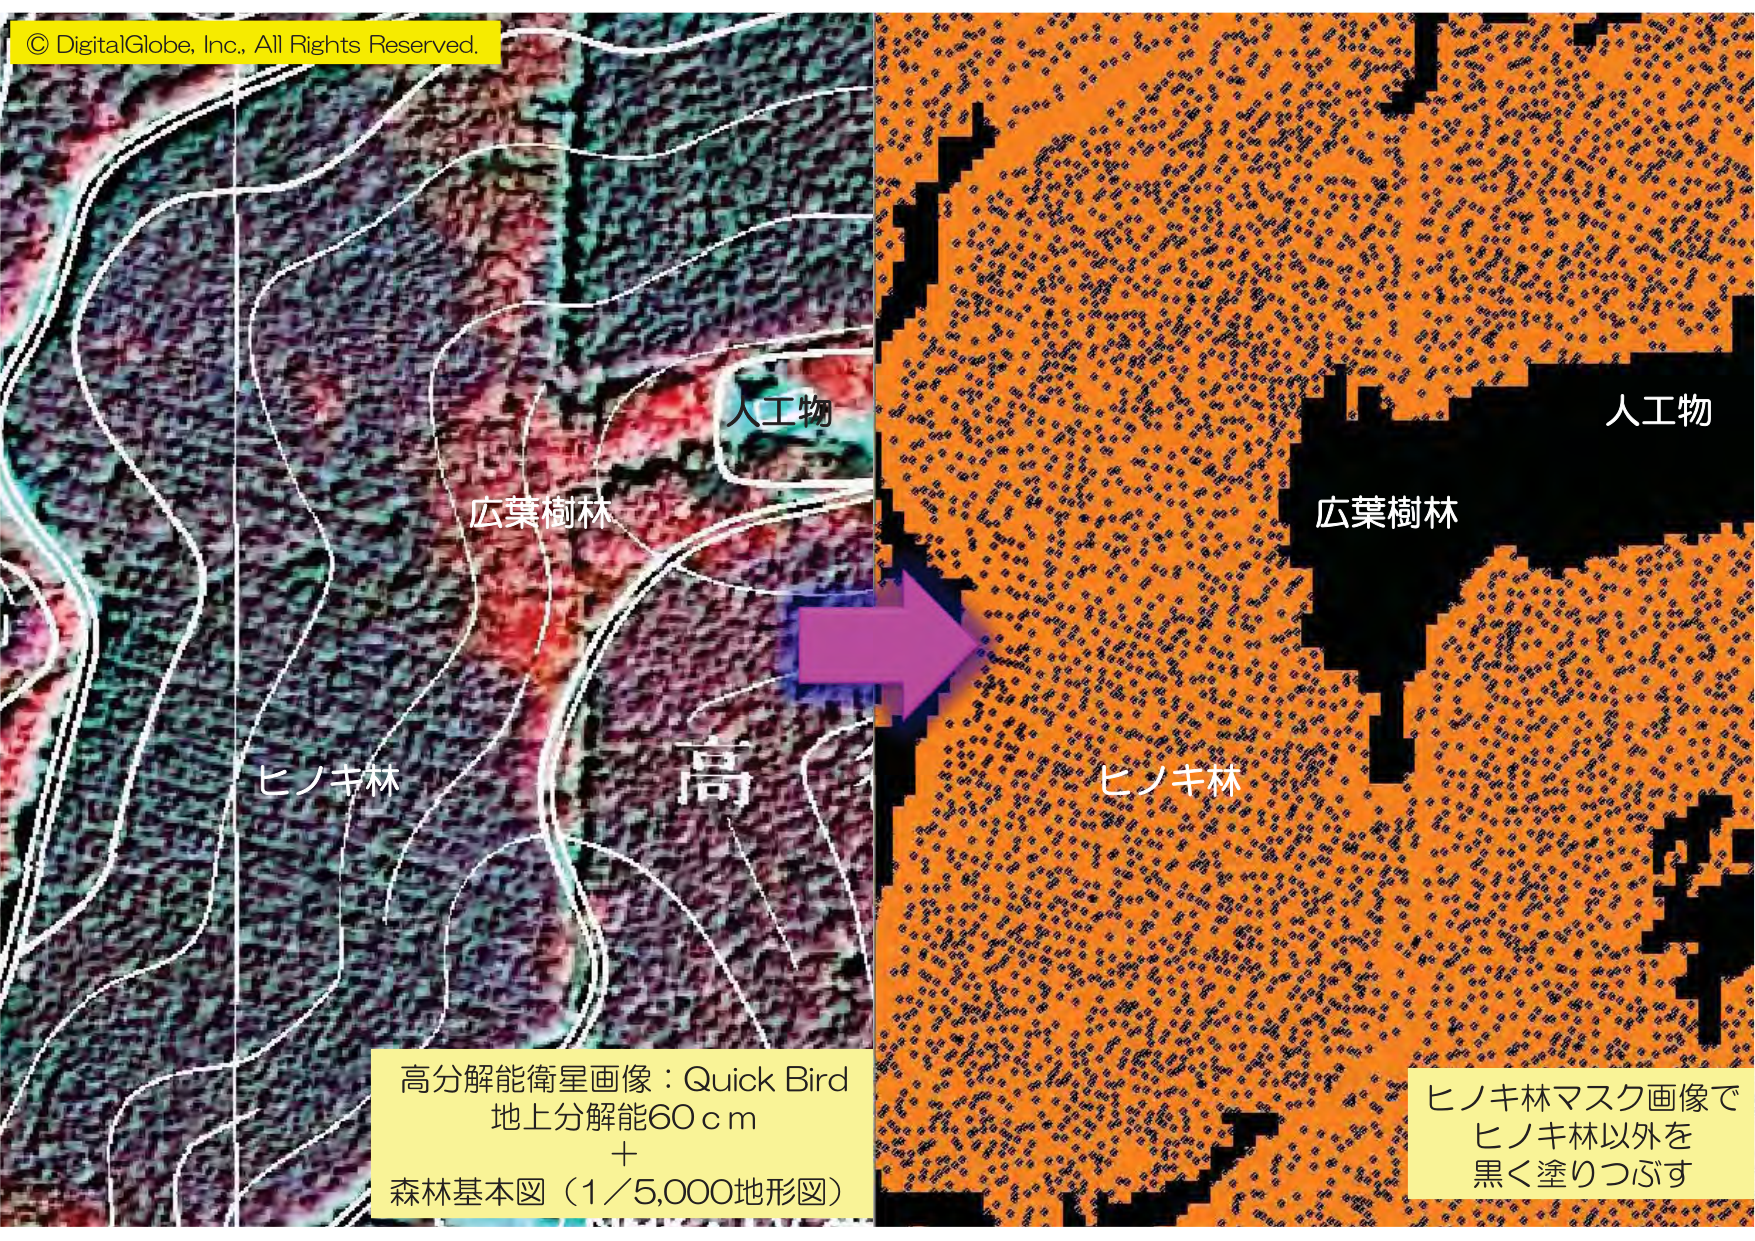
© DigitalGlobe, Inc., All Rights Reserved.

人工物
広葉樹林
ヒノキ林
高

高分解能衛星画像：Quick Bird
地上分解能60ｃｍ
＋
森林基本図（1／5,000地形図）

人工物
広葉樹林
ヒノキ林

ヒノキ林マスク画像で
ヒノキ林以外を
黒く塗りつぶす